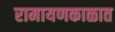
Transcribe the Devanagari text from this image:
रामायणकाळात